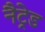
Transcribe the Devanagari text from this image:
नैट्रेड